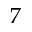
7